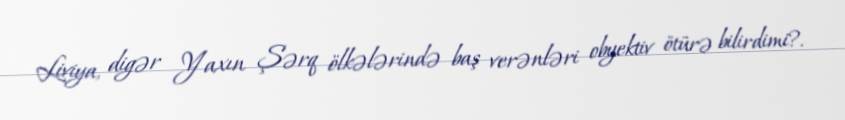
Liviya, digər Yaxın Şərq ölkələrində baş verənləri obyektiv ötürə bilirdimi?.